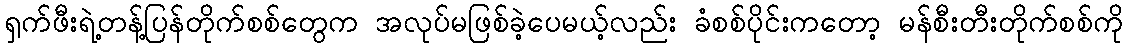
ရှက်ဖီးရဲ့တန့်ပြန်တိုက်စစ်တွေက အလုပ်မဖြစ်ခဲ့ပေမယ့်လည်း ခံစစ်ပိုင်းကတော့ မန်စီးတီးတိုက်စစ်ကို